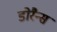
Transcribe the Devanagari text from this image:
डोरैन्स